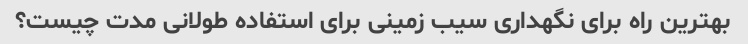
بهترین راه برای نگهداری سیب زمینی برای استفاده طولانی مدت چیست؟